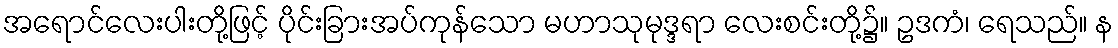
အရောင်လေးပါးတို့ဖြင့် ပိုင်းခြားအပ်ကုန်သော မဟာသုမုဒ္ဒရာ လေးစင်းတို့၌။ ဥဒကံ၊ ရေသည်။ န